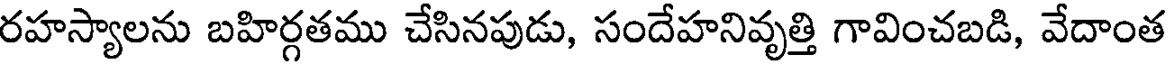
రహస్యాలను బహిర్గతము చేసినపుడు, సందేహనివృత్తి గావించబడి, వేదాంత